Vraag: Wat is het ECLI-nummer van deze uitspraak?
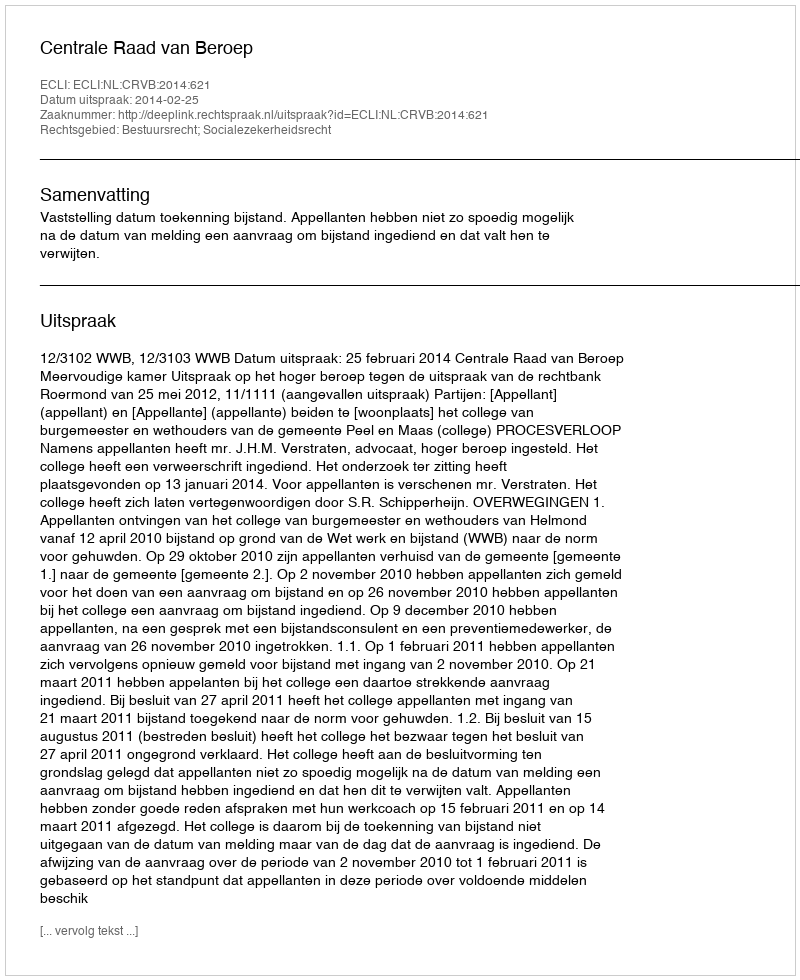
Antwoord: ECLI:NL:CRVB:2014:621